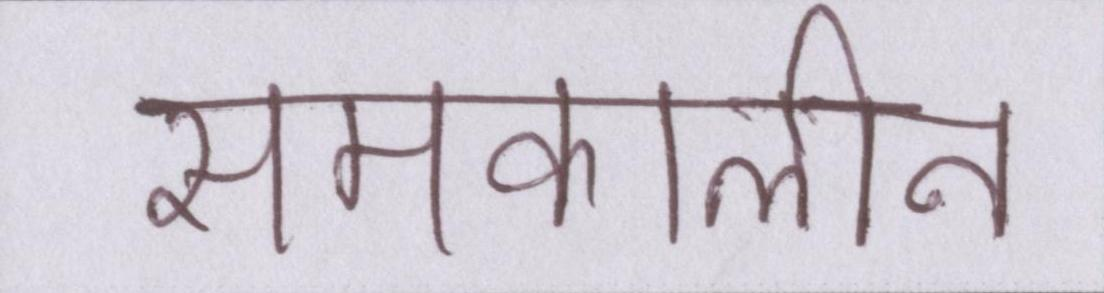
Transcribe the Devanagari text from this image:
समकालीन